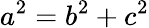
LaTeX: a^{2}=b^{2}+c^{2}